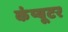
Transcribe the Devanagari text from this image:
कंंप्यूटर